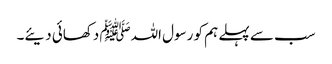
سب سے پہلے ہم کو رسول اللہﷺ دکھائی دیئے۔